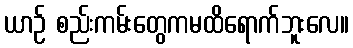
ယာဉ် စည်းကမ်းတွေကမထိရောက်ဘူးလေ။